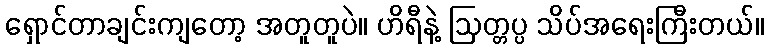
ရှောင်တာချင်းကျတော့ အတူတူပဲ။ ဟိရီနဲ့ ဩတ္တပ္ပ သိပ်အရေးကြီးတယ်။